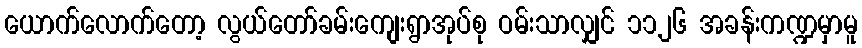
ယောက်လောက်တော့ လွယ်တော်ခမ်းကျေးရွာအုပ်စု ဝမ်းသာလျှင် ၁၁၂၆ အခန်းကဏ္ဍမှာမူ